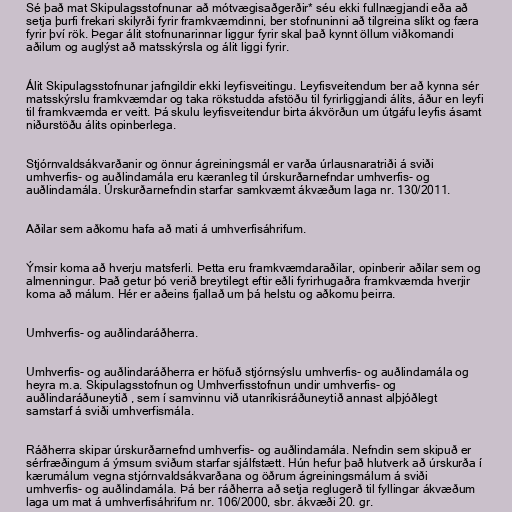
Sé það mat Skipulagsstofnunar að mótvægisaðgerðir* séu ekki fullnægjandi eða að
setja þurfi frekari skilyrði fyrir framkvæmdinni, ber stofnuninni að tilgreina slíkt og færa
fyrir því rök. Þegar álit stofnunarinnar liggur fyrir skal það kynnt öllum viðkomandi
aðilum og auglýst að matsskýrsla og álit liggi fyrir.

Álit Skipulagsstofnunar jafngildir ekki leyfisveitingu. Leyfisveitendum ber að kynna sér
matsskýrslu framkvæmdar og taka rökstudda afstöðu til fyrirliggjandi álits, áður en leyfi
til framkvæmda er veitt. Þá skulu leyfisveitendur birta ákvörðun um útgáfu leyfis ásamt
niðurstöðu álits opinberlega.

Stjórnvaldsákvarðanir og önnur ágreiningsmál er varða úrlausnaratriði á sviði
umhverfis- og auðlindamála eru kæranleg til úrskurðarnefndar umhverfis- og
auðlindamála. Úrskurðarnefndin starfar samkvæmt ákvæðum laga nr. 130/2011.

Aðilar sem aðkomu hafa að mati á umhverfisáhrifum.

Ýmsir koma að hverju matsferli. Þetta eru framkvæmdaraðilar, opinberir aðilar sem og
almenningur. Það getur þó verið breytilegt eftir eðli fyrirhugaðra framkvæmda hverjir
koma að málum. Hér er aðeins fjallað um þá helstu og aðkomu þeirra.

Umhverfis- og auðlindaráðherra.

Umhverfis- og auðlindaráðherra er höfuð stjórnsýslu umhverfis- og auðlindamála og
heyra m.a. Skipulagsstofnun og Umhverfisstofnun undir umhverfis- og
auðlindaráðuneytið , sem í samvinnu við utanríkisráðuneytið annast alþjóðlegt
samstarf á sviði umhverfismála.

Ráðherra skipar úrskurðarnefnd umhverfis- og auðlindamála. Nefndin sem skipuð er
sérfræðingum á ýmsum sviðum starfar sjálfstætt. Hún hefur það hlutverk að úrskurða í
kærumálum vegna stjórnvaldsákvarðana og öðrum ágreiningsmálum á sviði
umhverfis- og auðlindamála. Þá ber ráðherra að setja reglugerð til fyllingar ákvæðum
laga um mat á umhverfisáhrifum nr. 106/2000, sbr. ákvæði 20. gr.